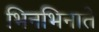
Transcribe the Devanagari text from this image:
भिनभिनाते